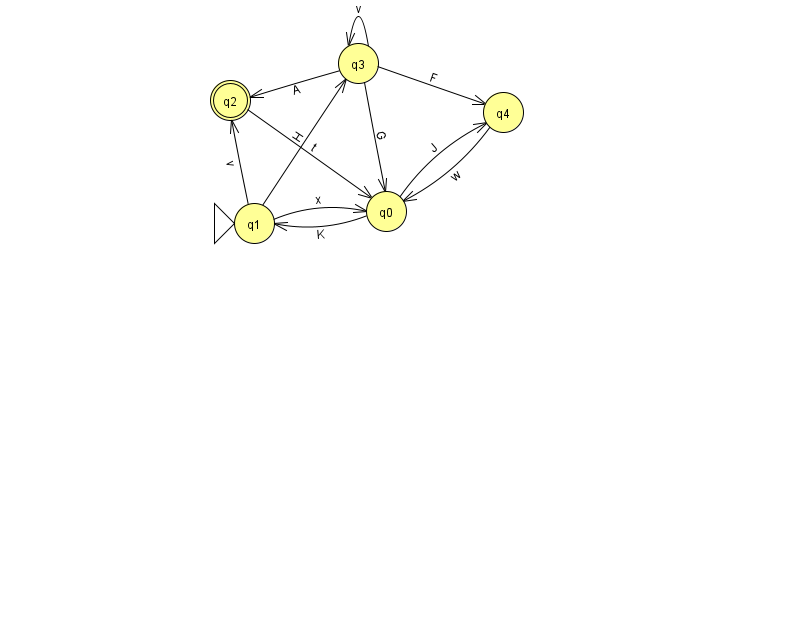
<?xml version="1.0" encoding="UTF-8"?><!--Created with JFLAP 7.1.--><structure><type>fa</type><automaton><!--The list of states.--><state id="0" name="q0"><x>386.0</x><y>198.0</y></state><state id="1" name="q1"><x>254.0</x><y>210.0</y><initial/></state><state id="2" name="q2"><x>230.0</x><y>87.0</y><final/></state><state id="3" name="q3"><x>358.0</x><y>50.0</y></state><state id="4" name="q4"><x>503.0</x><y>99.0</y></state><!--The list of transitions.--><transition><from>1</from><to>2</to><read>v</read></transition><transition><from>3</from><to>2</to><read>A</read></transition><transition><from>2</from><to>0</to><read>t</read></transition><transition><from>0</from><to>4</to><read>J</read></transition><transition><from>3</from><to>0</to><read>G</read></transition><transition><from>3</from><to>3</to><read>v</read></transition><transition><from>0</from><to>1</to><read>K</read></transition><transition><from>3</from><to>4</to><read>F</read></transition><transition><from>1</from><to>0</to><read>x</read></transition><transition><from>1</from><to>3</to><read>H</read></transition><transition><from>4</from><to>0</to><read>w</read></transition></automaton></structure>